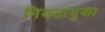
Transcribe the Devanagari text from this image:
नियतायुका